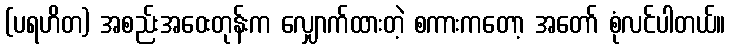
(ပရဟိတ) အစည်းအဝေးတုန်းက လျှောက်ထားတဲ့ စကားကတော့ အတော် စုံလင်ပါတယ်။